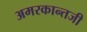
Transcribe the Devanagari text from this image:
अमरकान्तजी